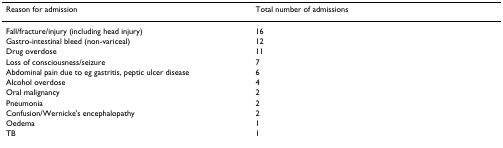
| Reason for admission | Total number of admissions |
 | --- | --- |
 | Fall/fracture/injury (including head injury) | 16 |
 | Gastro-intestinal bleed (non-variceal) | 12 |
 | Drug overdose | 11 |
 | Loss of consciousness/seizure | 7 |
 | Abdominal pain due to eg gastritis, peptic ulcer disease | 6 |
 | Alcohol overdose | 4 |
 | Oral malignancy | 2 |
 | Pneumonia | 2 |
 | Confusion/Wernicke's encephalopathy | 2 |
 | Oedema | 1 |
 | TB | 1 |